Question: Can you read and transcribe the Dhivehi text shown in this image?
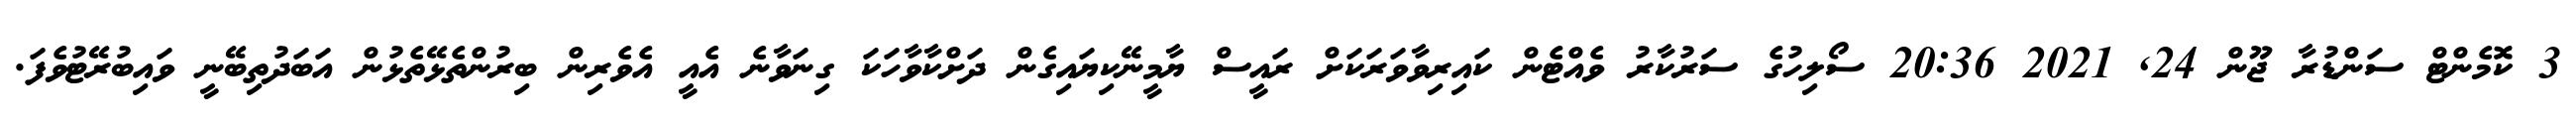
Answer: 3 ކޮމެންޓް ސަންޑުރާ ޖޫން 24, 2021 20:36 ސޯލިހުގެ ސަރުކާރު ވެއްޓެން ކައިރިވާވަރަކަށް ރައީސް ޔާމީނޭކިޔައިގެން ދަށްކާވާހަކަ ގިނަވާނެ އެއީ އެވެރިން ބިރުންތެޅޭތެޅުން އަބަދުތިބޭނީ ވައިބުރޭޓުވެފަ.